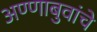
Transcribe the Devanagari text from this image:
अण्णाबुवांचे